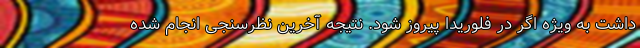
داشت به ویژه اگر در فلوریدا پیروز شود. نتیجه آخرین نظرسنجی انجام شده